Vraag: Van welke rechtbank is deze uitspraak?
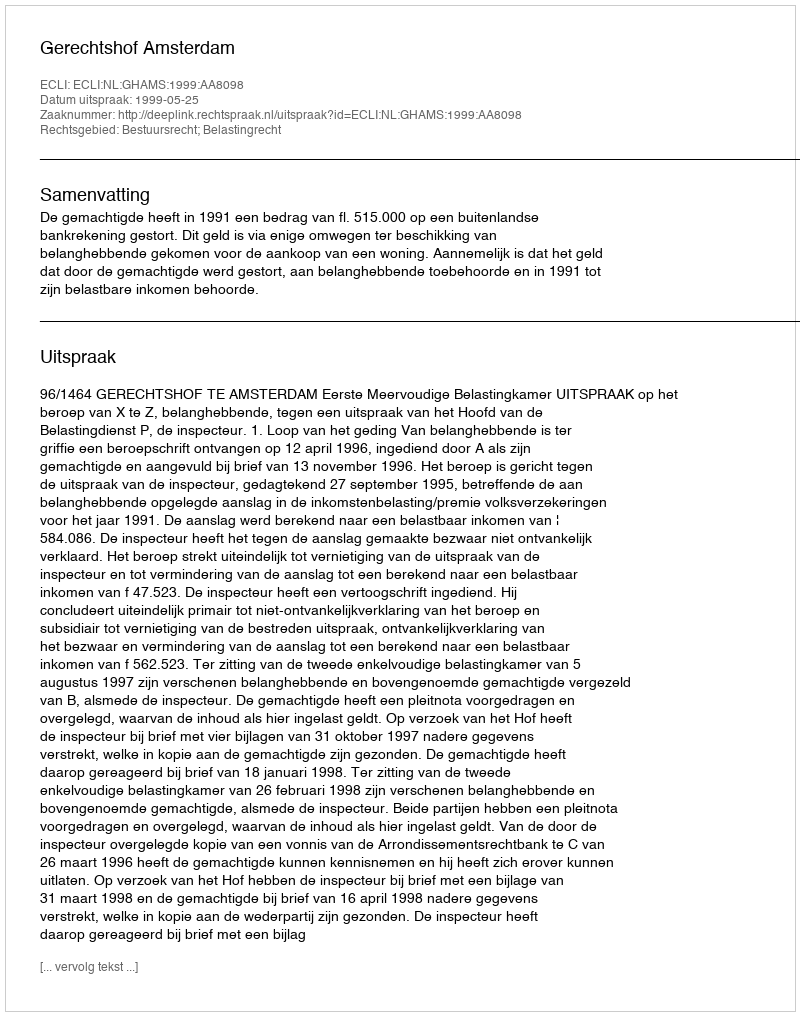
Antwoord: Gerechtshof Amsterdam